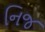
નિજ